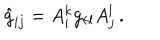
\hat { g } _ { i j } = A _ { i } ^ { k } g _ { k l } A _ { j } ^ { l } \, .